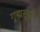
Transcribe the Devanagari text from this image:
गृह्मसूत्रों